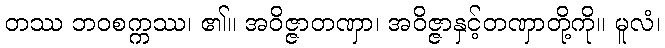
တဿ ဘဝစက္ကဿ၊ ၏။ အဝိဇ္ဇာတဏှာ၊ အဝိဇ္ဇာနှင့်တဏှာတို့ကို။ မူလံ၊